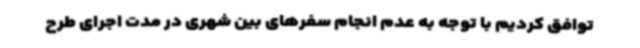
توافق کردیم با توجه به عدم انجام سفرهای بین شهری در مدت اجرای طرح